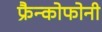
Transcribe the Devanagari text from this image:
फ्रैन्कोफोनी